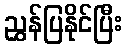
ညွှန်ပြနိုင်ပြီး